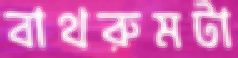
বাথরুমটা